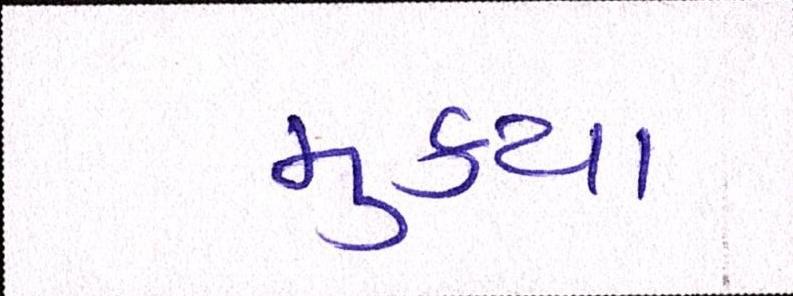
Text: મુક્યા